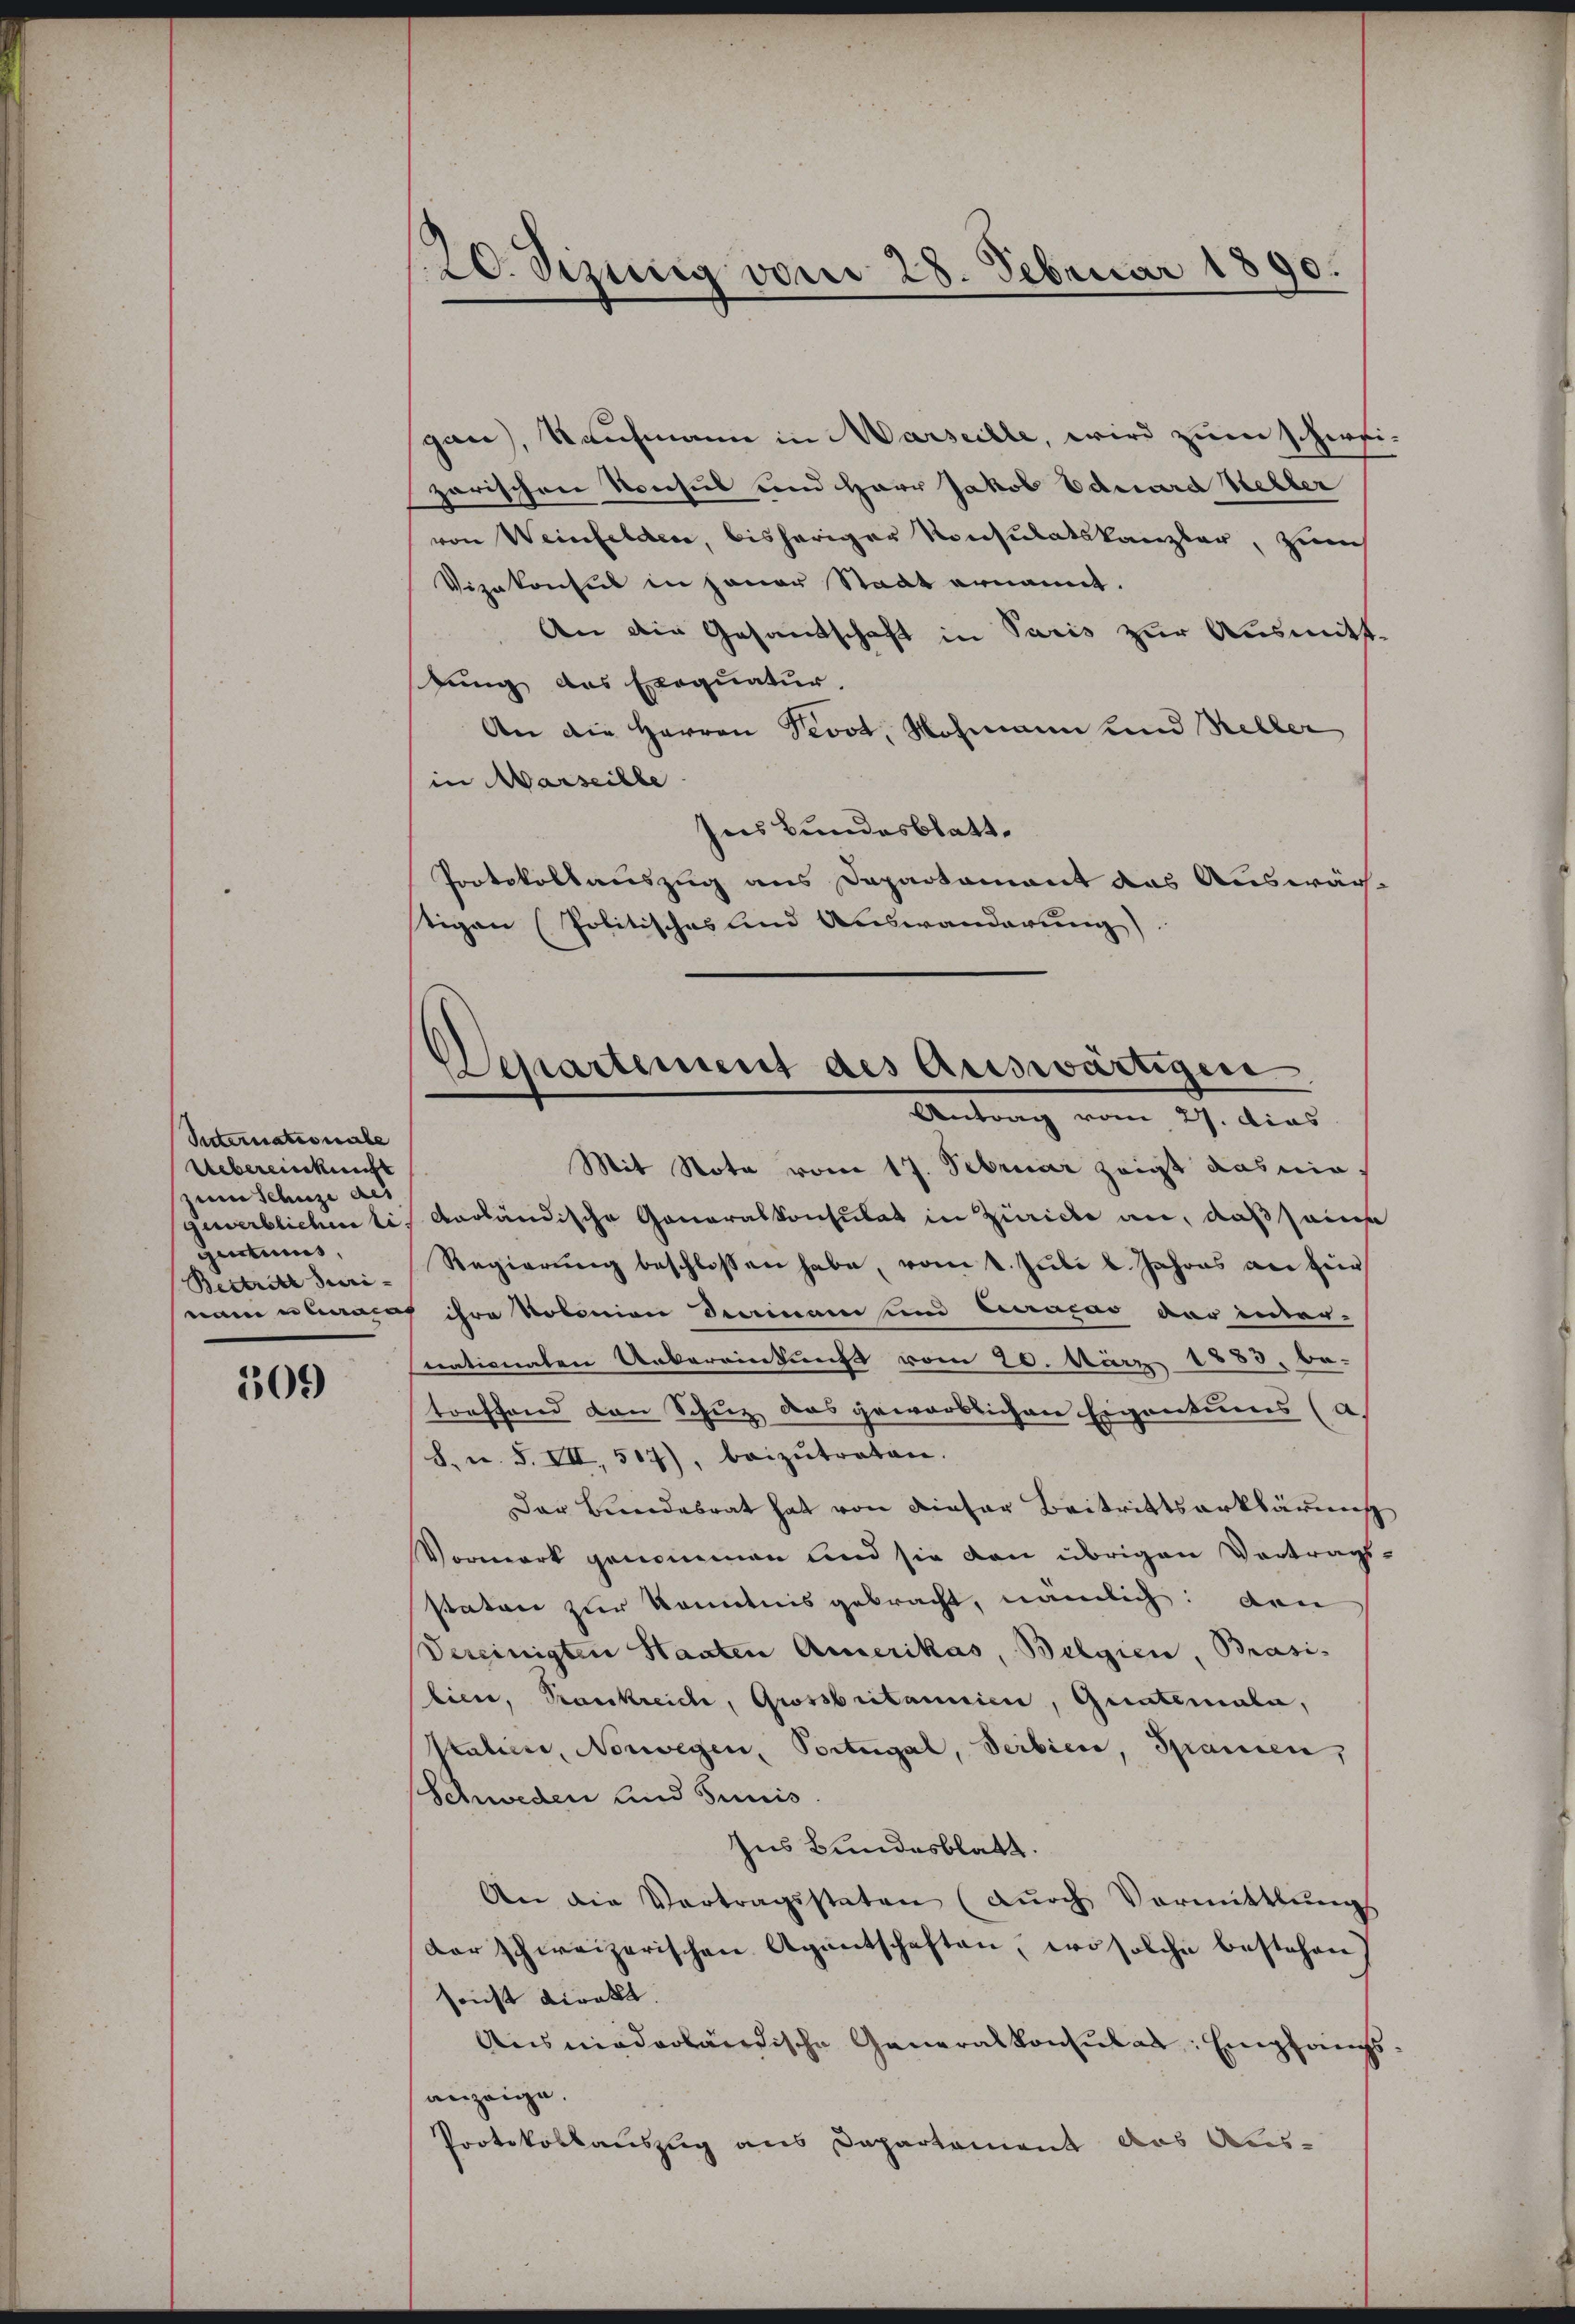
Sitternationale
Uebereinkunft
zum Schuze des
genticis,
Bestritt Turi-

509

120. Sizung vom 28. Februar 1890.

Departement des Auswärtigen
Antrag vom 27. dies

gau), Kaufmann in Marseille, wird zum Schwei
zarischen Konsuls und Herr Jakob Eduard Keller
von Weinfelden, bisheriger Konsulatskanzler, zum
Vizekonsul in jener Stadt ernannt.
An die Gesandschaft in Paris zur Ausmitt-
sung des Exequatur.
An die Herren Devot, Wohmann und Keller
in Marseille
Ins Bundesblatt.
Protokollauszug aus Departement das Auswäch-
tigen (Politisches lind Auswanderung).
Mit Nota vom 17. Februar zeigt Kasnia,
gewerblichen li vorländische Generalkonsulat in Zürich an, daß seine
Regierŭng beschlossen habe, vom 1. Juli l. Jahres an für
nau nach ihre Kolonion dermani und Cracas der inter-
nationalen Uebereinkung vom 20. März 1883. be-
toeffend von Schuz das geworblichen Eigentums (a.
8. u. S. VII, 517), beizŭtraten.
Der Bundesrat hat von dieser Beitrittserklärung
Vormark genommen und sie von übrigen Vortragsstaten zur Kenntnis gebracht, nämlich: den
Vereinigten Staaten Amerikas, Belgien, Brasi-
lien, Krankreich, Grossbritannien, Guatemala,
Ptuliere, Norwegen, Portugal, Seibier, Spanien,
Schweden und Junis
Ins Bundesblatt.
An die Vortragsstaten (dŭrch Vormittlungs
dar schweizerischen Agentschaften, wo solche bestehen
sonst direkt. |
Ausmiederländische Generalkonsulat: Empfangs
anzeige.
Protokollauszug aus Departement das Aus¬